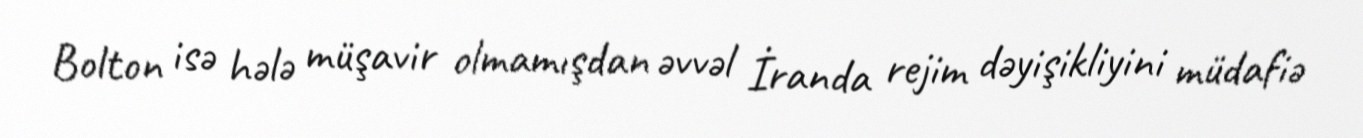
Bolton isə hələ müşavir olmamışdan əvvəl İranda rejim dəyişikliyini müdafiə